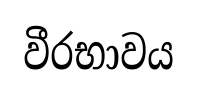
වීරභාවය